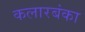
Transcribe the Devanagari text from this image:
कलारबंका